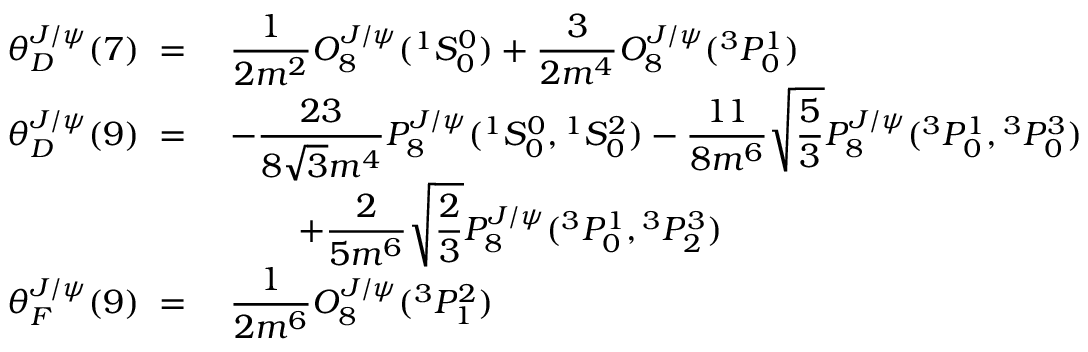
\begin{array} { r l } { { \theta _ { D } ^ { J / \psi } ( 7 ) \; = \; } } & { { { \displaystyle { \frac { 1 } { 2 m ^ { 2 } } } } { \cal O } _ { 8 } ^ { J / \psi } ( { } ^ { 1 } S _ { 0 } ^ { 0 } ) + { \displaystyle { \frac { 3 } { 2 m ^ { 4 } } } } { \cal O } _ { 8 } ^ { J / \psi } ( { } ^ { 3 } P _ { 0 } ^ { 1 } ) } } \\ { { \theta _ { D } ^ { J / \psi } ( 9 ) \; = \; } } & { { - { \displaystyle { \frac { 2 3 } { 8 \sqrt 3 m ^ { 4 } } } } { \cal P } _ { 8 } ^ { J / \psi } ( { } ^ { 1 } S _ { 0 } ^ { 0 } , { } ^ { 1 } S _ { 0 } ^ { 2 } ) - { \displaystyle { \frac { 1 1 } { 8 m ^ { 6 } } } } \sqrt { \displaystyle { \frac { 5 } { 3 } } } { \cal P } _ { 8 } ^ { J / \psi } ( { } ^ { 3 } P _ { 0 } ^ { 1 } , { } ^ { 3 } P _ { 0 } ^ { 3 } ) } } \\ { { } } & { { \qquad + { \displaystyle { \frac { 2 } { 5 m ^ { 6 } } } } \sqrt { \displaystyle { \frac { 2 } { 3 } } } { \cal P } _ { 8 } ^ { J / \psi } ( { } ^ { 3 } P _ { 0 } ^ { 1 } , { } ^ { 3 } P _ { 2 } ^ { 3 } ) } } \\ { { \theta _ { F } ^ { J / \psi } ( 9 ) \; = \; } } & { { { \displaystyle { \frac { 1 } { 2 m ^ { 6 } } } } { \cal O } _ { 8 } ^ { J / \psi } ( { } ^ { 3 } P _ { 1 } ^ { 2 } ) } } \end{array}